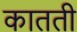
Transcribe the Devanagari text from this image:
कातती